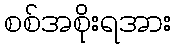
စစ်အစိုးရအား